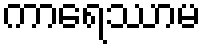
ကာရေဿာမ